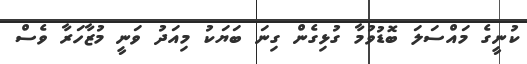
ކުނީގެ މައްސަލަ ބޮޑުވުމާ ގުޅިގެން ގިނަ ބަޔަކު މިއަދު ވަނީ މުޒާހަރާ ވެސް